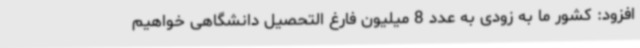
افزود: کشور ما به زودی به عدد 8 میلیون فارغ التحصیل دانشگاهی خواهیم